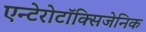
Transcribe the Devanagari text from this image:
एन्टेरोटॉक्सिजेनिक